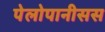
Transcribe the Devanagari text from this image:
पेलोपानीसस